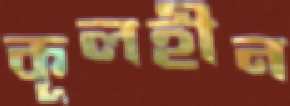
কূলহীন